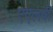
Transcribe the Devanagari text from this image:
एएलबी